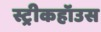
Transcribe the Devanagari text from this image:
स्ट्रीकहॉउस